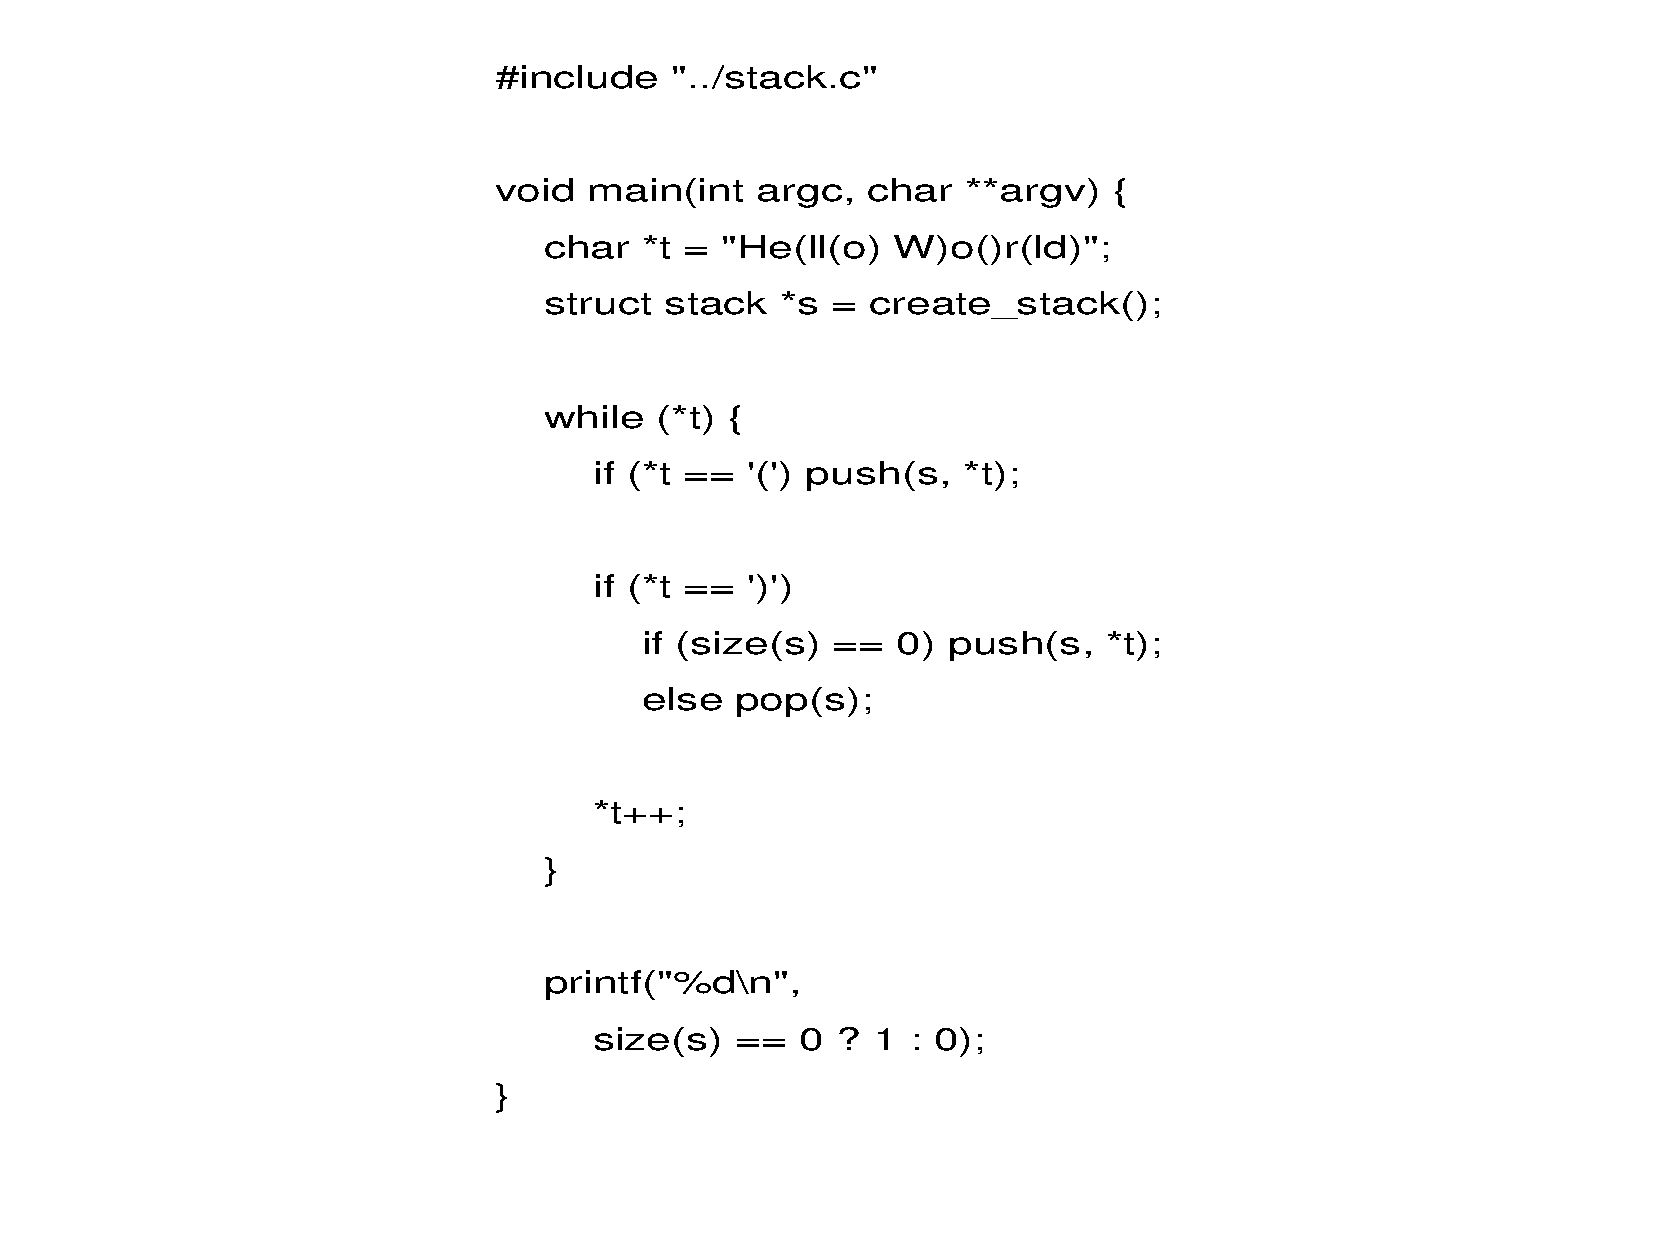
#include   "../stack.c"
 void  main(int   argc,  char   **argv)   {
 char  *t =  "He(ll(o)  W)o()r(ld)";
 struct  stack   *s =  create_stack();
 while  (*t) {
 if (*t == '(') push(s,   *t);
 if (*t == ')')
 if (size(s)  ==  0)  push(s,   *t);
 else   pop(s);
 *t++;
 }
 printf("%d\n",
 size(s)   ==  0 ?  1 : 0);
 }